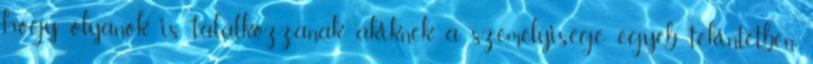
hogy olyanok is találkozzanak, akiknek a személyi­sé­ge egyéb te­kintetben